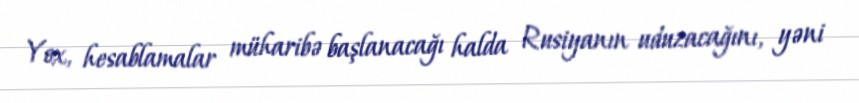
Yox, hesablamalar müharibə başlanacağı halda Rusiyanın uduzacağını, yəni